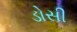
ડોસી